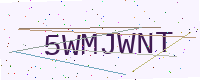
Text: 5WMJWNT